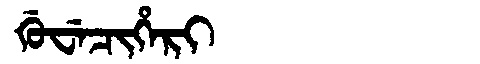
Manchu: ᡤᡠᠸᡝᠴᡳᡥᡝᡵᡳ
Romanization: GUWECIHERI